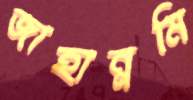
জাহান্নমি